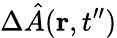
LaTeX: \Delta\hat{A}({\mathbf r},t^{\prime\prime})